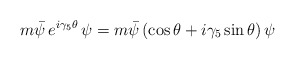
\begin{align*}m \bar{\psi}\, e^{i\gamma_5 \theta}\, \psi=m \bar{\psi}\left(\cos\theta+i\gamma_5 \sin\theta\right)\psi\end{align*}